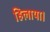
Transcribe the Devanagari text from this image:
हिलाया।